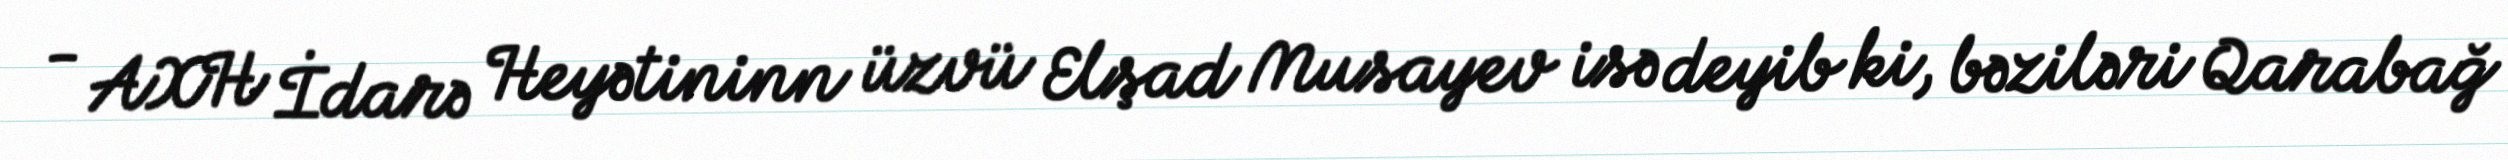
- AXH İdarə Heyətininn üzvü Elşad Musayev isə deyib ki, bəziləri Qarabağ